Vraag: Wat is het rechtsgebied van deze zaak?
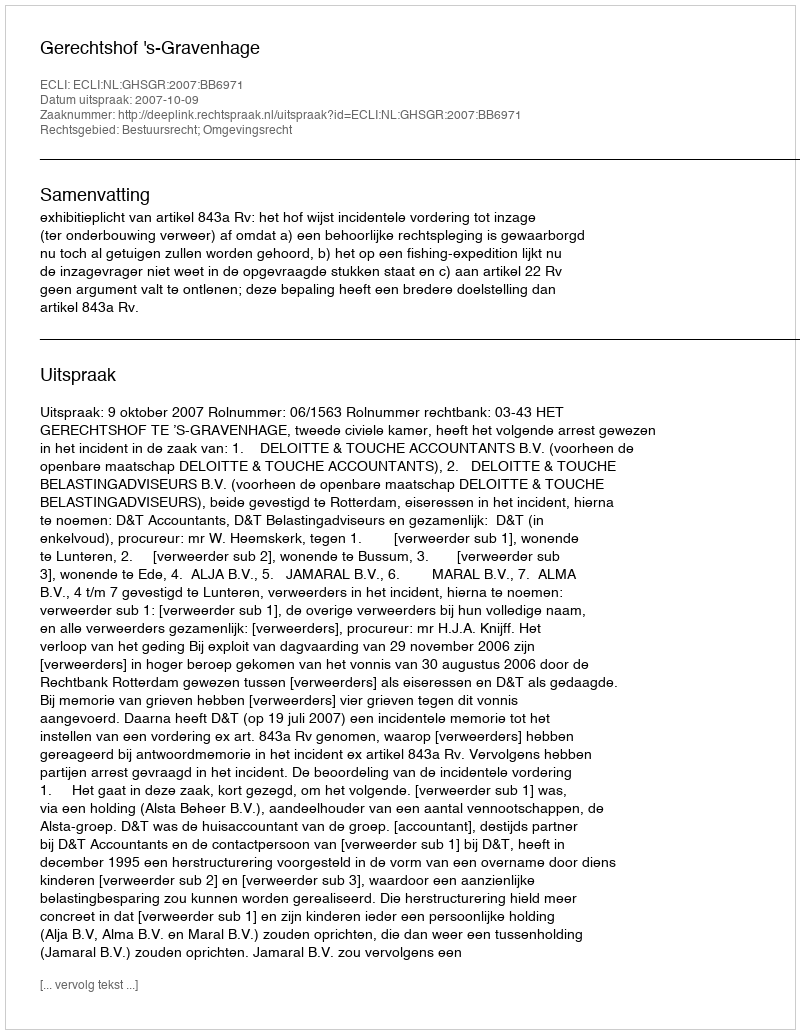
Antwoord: Bestuursrecht; Omgevingsrecht